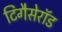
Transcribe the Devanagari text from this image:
टिगैसेरॉड